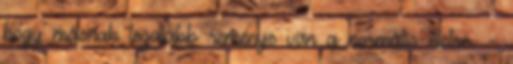
hogy másnak legalább reménye van a normális életre. -